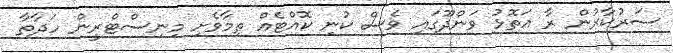
ސަރުކާރުން ރާ އަތޮޅު ވަންދޫގައި ވެސް ކުނި ކޮއްޓެއް ތިމާވެށި މިނިސްޓްރީން ހަދާތާ